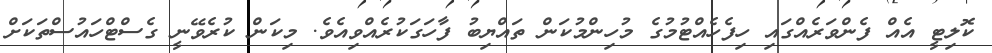
ކޮލިޓީ އެއް ފެންވަރެއްގައި ހިފެހެއްޓުމުގެ މުހިންމުކަން ތައްޔިބު ފާހަގަކުރެއްވިއެވެ. މިކަން ކުރެވޭނީ ގެސްޓްހައުސްތަކަށް